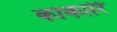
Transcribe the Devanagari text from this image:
काकारि